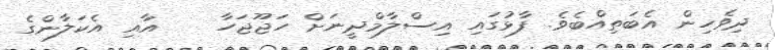
ދިވެހިން އެބަތިއްބެވެ. ފާޅުގައި އިސްލާމްދީނަށް ހަޖޫޖަހާ    އާއި އެކަލާންގެ